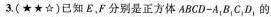
3.(★★☆)已知E，F分别是正方体ABCD-A_{1}B_{1}C_{1}D_{1}的